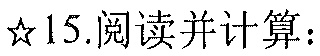
★15.阅读并计算：